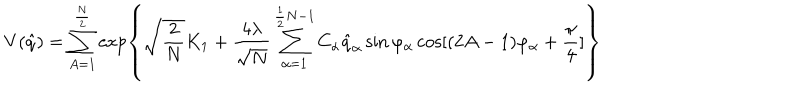
LaTeX: V ( \hat { q } ) = \sum _ { A = 1 } ^ { \frac { N } { 2 } } \exp \left\{ \sqrt { \frac { 2 } { N } } K _ { 1 } + \frac { 4 \lambda } { \sqrt { N } } \sum _ { \alpha = 1 } ^ { \frac { 1 } { 2 } N - 1 } C _ { \alpha } \hat { q } _ { \alpha } \sin \varphi _ { \alpha } \cos [ ( 2 A - 1 ) \varphi _ { \alpha } + \frac { \pi } { 4 } ] \right\}